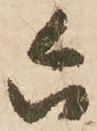
六